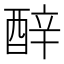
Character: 𬪬